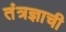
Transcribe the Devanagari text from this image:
तंत्रज्ञाची